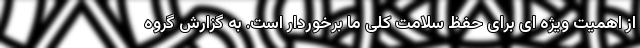
از اهمیت ویژه ای برای حفظ سلامت‌ کلی ما برخوردار است. به گزارش گروه